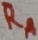
Text: RA